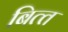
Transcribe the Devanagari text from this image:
बित्‍त